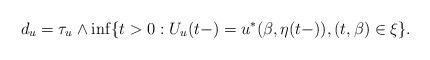
LaTeX: \begin{align*}d_u=\tau_u\wedge\inf\{t>0:U_u(t-)=u^{*}(\beta ,\eta (t-)),(t,\beta )\in\xi \}.\end{align*}